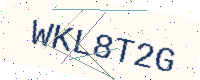
Text: WKL8T2G